38_143685_box_Incident_Summaries_173-233
Agency: Department of War
Page 138
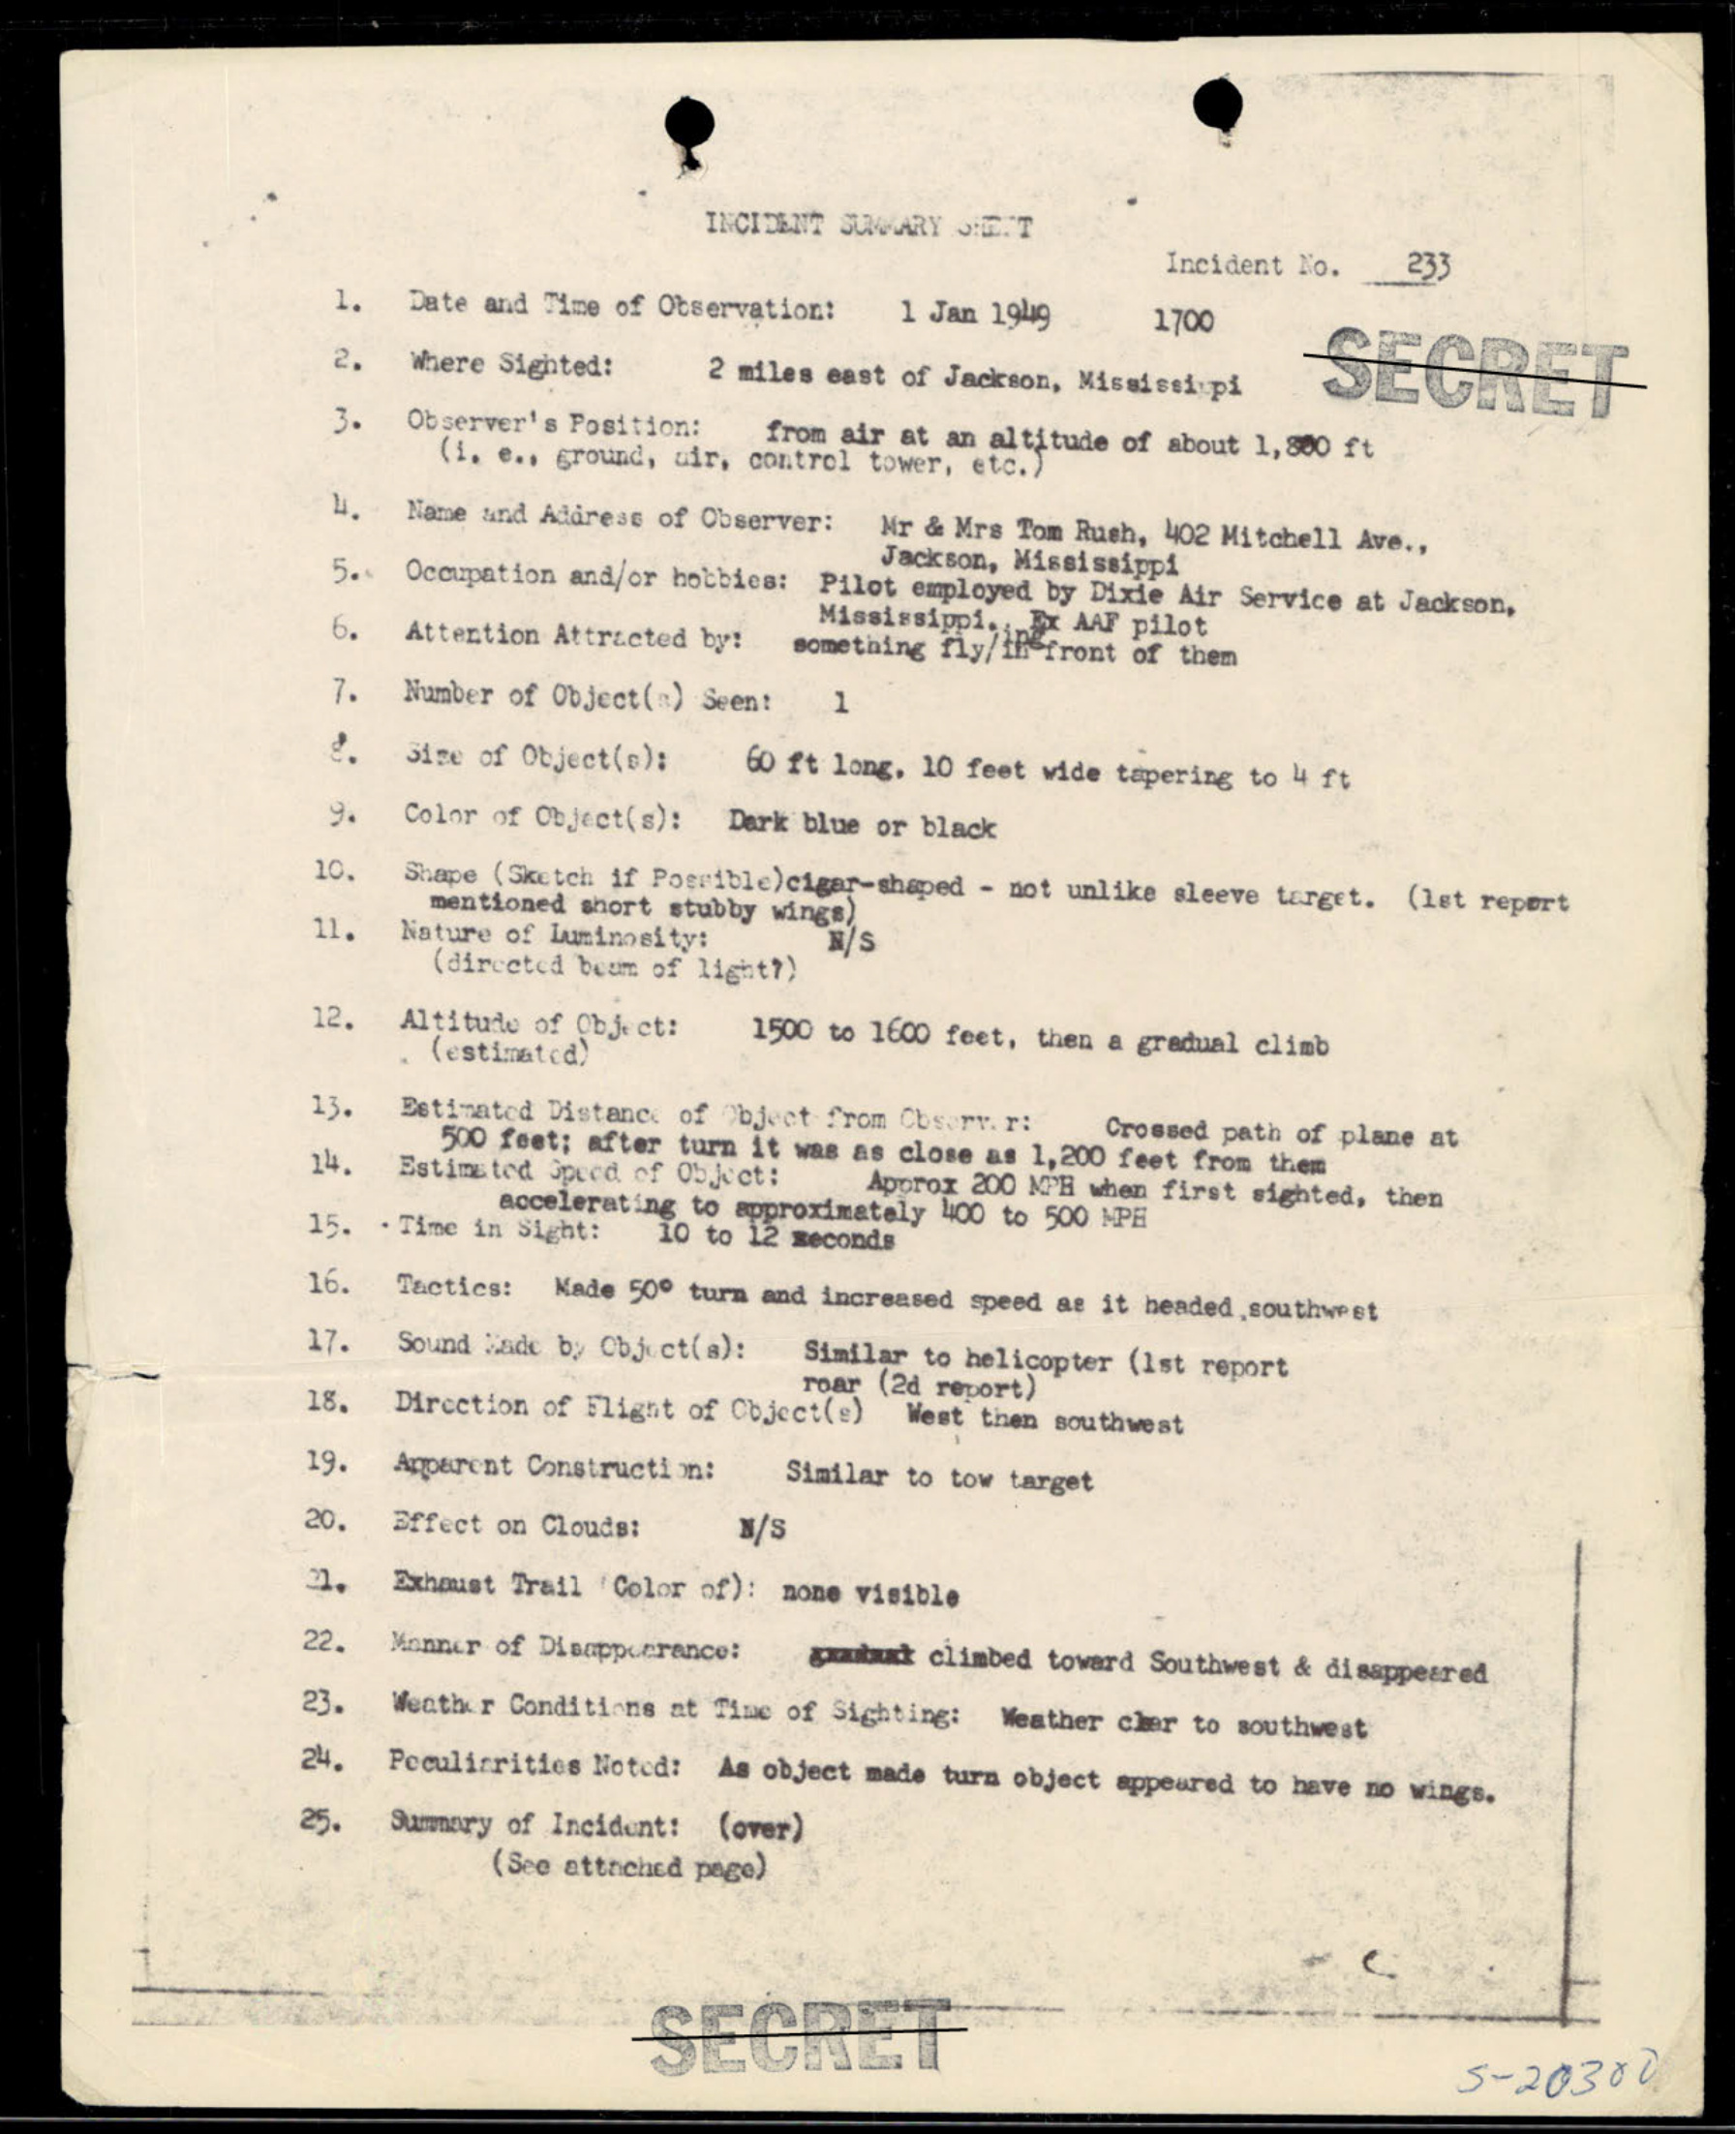